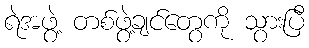
ရဲအဖွဲ့ တစ်ဖွဲ့ချင်တွေကို သွားပြီ